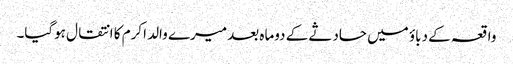
واقعہ کے دباؤ میں حادثے کے دوماہ بعد میرے والد اکرم کا انتقال ہوگیا۔